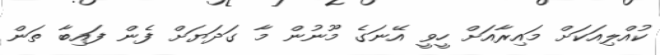
ކުއްލިއަކަށް މައިރާއަށް ހީވީ އޭނަގެ މޫނުން މާ ގަދަޔަށް ފެން ފައިބާ ތަން